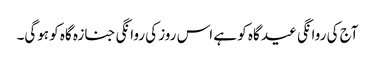
آج کی روانگی عید گاہ کو ہے اس روز کی روانگی جنازہ گاہ کو ہوگی۔